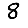
Digit: 8